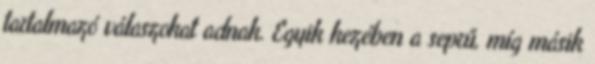
tartalmazó válaszokat adnak. Egyik kezében a seprű, míg másik